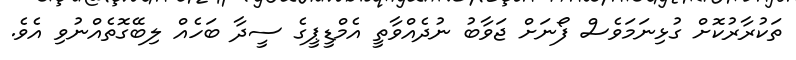
ތަކުރާރުކޮށް ގުޅިނަމަވެސް ފޯނަށް ޖަވާބު ނުދެއްވާތީ އެމްޑީޕީގެ ސީދާ ބަހެއް ލިބޭގޮތެއްނުވި އެވެ.